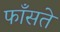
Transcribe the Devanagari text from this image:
फाँसते